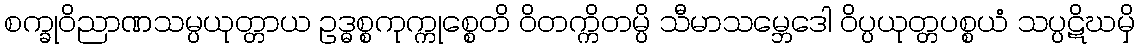
စက္ခုဝိညာဏသမ္ပယုတ္တာယ ဥဒ္ဓစ္စကုက္ကုစ္စေတိ ဝိတက္ကိတမ္ပိ သီမာသမ္ဘေဒေါ ဝိပ္ပယုတ္တပစ္စယံ သပ္ပဋိဃမှိ